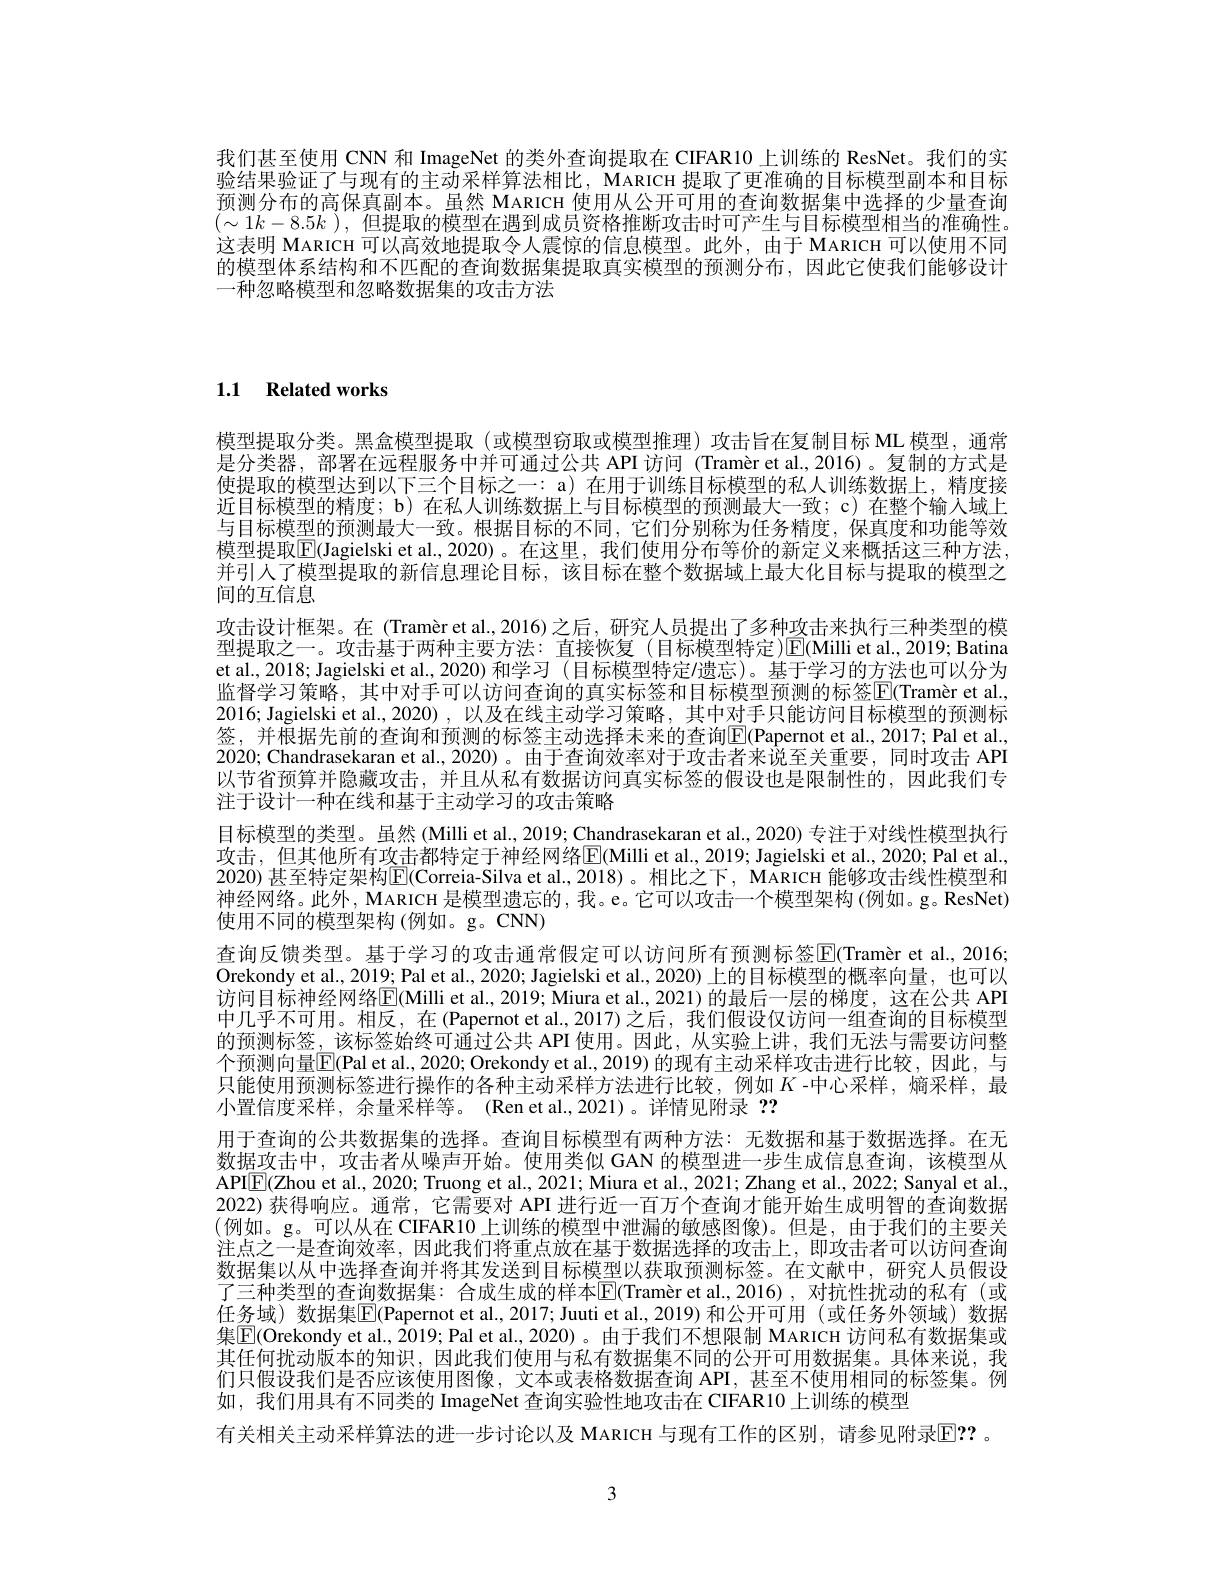
我们甚至使用 CNN 和 ImageNet 的类外查询提取在 CIFAR10 上训练的 ResNet。我们的实验结果验证了与现有的主动采样算法相比，MARICH 提取了更准确的目标模型副本和目标预测分布的高保真副本。虽然 MARICH 使用从公开可用的查询数据集中选择的少量查询$(\sim1k-8.5k$ ), 但提取的模型在遇到成员资格推断攻击时可产生与目标模型相当的准确性。这表明 MARICH 可以高效地提取令人震惊的信息模型。此外，由于 MARICH 可以使用不同的模型体系结构和不匹配的查询数据集提取真实模型的预测分布，因此它使我们能够设计一种忽略模型和忽略数据集的攻击方法

1.1 Related works

模型提取分类。黑盒模型提取(或模型窃取或模型推理)攻击旨在复制目标 ML 模型，通常是分类器，部署在远程服务中并可通过公共 API 访问 (Tramèr et al.,2016)。复制的方式是使提取的模型达到以下三个目标之一：a) 在用于训练目标模型的私人训练数据上，精度接近目标模型的精度；b) 在私人训练数据上与目标模型的预测最大一致；c) 在整个输入域上与目标模型的预测最大一致。根据目标的不同，它们分别称为任务精度，保真度和功能等效模型提取$\boxed{\mathrm{F}}($Jagielski et al.,2020)。在这里，我们使用分布等价的新定义来概括这三种方法， 并引人了模型提取的新信息理论目标，该目标在整个数据域上最大化目标与提取的模型之间的互信息
攻击设计框架。在 (Tramèr et al.,2016)之后，研究人员提出了多种攻击来执行三种类型的模型提取之一。攻击基于两种主要方法：直接恢复(目标模型特定)$\overline{\mathrm{E}}($Milli et al.,2019; Batina et al., 2018; Jagielski et al., 2020) 和学习 (目标模型特定/遗忘)。基于学习的方法也可以分为监督学习策略，其中对手可以访问查询的真实标签和目标模型预测的标签$\boxed{\mathrm{E} }( \text{Tram\` {e}retal}$, 2016; Jagielski et al., 2020) , 以及在线主动学习策略，其中对手只能访问目标模型的预测标签，并根据先前的查询和预测的标签主动选择未来的查询$\boxed{\mathrm{Papernot~et~al.,2017;Pal~et~al.,}}$ 2020; Chandrasekaran et al., 2020) 。由于查询效率对于攻击者来说至关重要，同时攻击 API 以节省预算并隐藏攻击，并且从私有数据访问真实标签的假设也是限制性的，因此我们专注于设计一种在线和基于主动学习的攻击策略
目标模型的类型。虽然 (Milli et al., 2019; Chandrasekaran et al., 2020) 专注于对线性模型执行攻击，但其他所有攻击都特定于神经网络E(Milli et al., 2019; Jagielski et al., 2020; Pal et al., 2020) 甚至特定架构$\mathbb{E}($Correia-Silva et al.,2018)。相比之下，MARICH 能够攻击线性模型和神经网络。此外，MARICH 是模型遗忘的，我。e。它可以攻击一个模型架构 (例如。g。ResNet) 使用不同的模型架构(例如。g。CNN)
查询反馈类型。基于学习的攻击通常假定可以访问所有预测标签$\overline {\mathrm{E} }( \text{Tram\` {e}retal. , 2016; }$ Orekondy et al., 2019; Pal et al., 2020; Jagielski et al., 2020) 上的目标模型的概率向量，也可以访问目标神经网络$\overline{\mathbb{E}}($Milli et al., 2019; Miura et al., 2021) 的最后一层的梯度，这在公共 API 中几乎不可用。相反，在(Papernot et al.,2017)之后，我们假设仅访问一组查询的目标模型的预测标签，该标签始终可通过公共 API 使用。因此，从实验上讲，我们无法与需要访问整个预测向量$\overline{\mathbb{E}}($Pal et al., 2020; Orekondy et al., 2019) 的现有主动采样攻击进行比较，因此，与只能使用预测标签进行操作的各种主动采样方法进行比较，例如$K$ -中心采样，熵采样，最小置信度采样，余量采样等。(Ren et al.,2021)。详情见附录？?
用于查询的公共数据集的选择。查询目标模型有两种方法：无数据和基于数据选择。在无数据攻击中，攻击者从噪声开始。使用类似 GAN 的模型进一步生成信息查询，该模型从APl$\boxed{\mathrm{F}}($Zhou et al., 2020; Truong et al., 2021; Miura et al., 2021; Zhang et al., 2022; Sanyal et al., 2022)获得响应。通常，它需要对 API 进行近一百万个查询才能开始生成明智的查询数据(例如。g。可以从在 CIFAR10上训练的模型中泄漏的敏感图像)。但是，由于我们的主要关注上之一月本治站应 四北武行收手上并有古丁半出出中心的女子上，即中女子以注问本为注点之一是查询效率，因此我们将重点放在基于数据选择的攻击上，即攻击者可以访问查询数据集以从中选择查询并将其发送到目标模型以获取预测标签。在文献中，研究人员假设了三种类型的查询数据集：合成生成的样本$\overline {\mathbb{E} }( \text{Tram\` {e}retal. , 2016) , 对 抗 性 扰 动 的 私 有 ( 或 }$ 任务域) 数据集$\overline{\mathrm{E}}$(Papernot et al., 2017; Juuti et al., 2019)和公开可用 (或任务外领域)数据集$\overline{\mathbb{E}}($Orekondy et al., $\bar{20}19;$ Pal et al., 2020)。由于我们不想限制 MARICH 访问私有数据集或其任何扰动版本的知识，因此我们使用与私有数据集不同的公开可用数据集。具体来说，我们只假设我们是否应该使用图像，文本或表格数据查询 API,甚至不使用相同的标签集。例如，我们用具有不同类的 ImageNet 查询实验性地攻击在 CIFAR10 上训练的模型
有关相关主动采样算法的进一步讨论以及 MARICH 与现有工作的区别，请参见附录$\mathbb{E}??$ 。

3